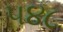
૫૪૮